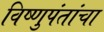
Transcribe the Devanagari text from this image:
विष्णुपंतांचा